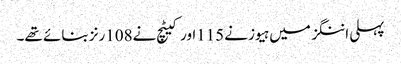
پہلی اننگز میں ہیوز نے115اور کیٹچ نے108رنز بنائے تھے۔